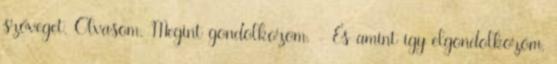
szöveget. Olvasom. Megint gondolkozom. - És amint így elgondolkozom,